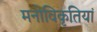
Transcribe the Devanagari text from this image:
मनोविकृतियां